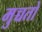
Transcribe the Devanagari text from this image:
मुच्चतो